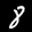
Label: 8